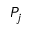
P _ { j }